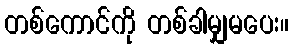
တစ်ကောင်ကို တစ်ခါမျှမပေး။